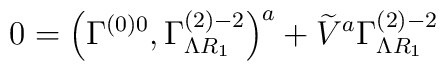
0=\left( \Gamma _{}^{\left( 0\right) 0},\Gamma _{\Lambda R_1}^{\left(2\right) -2}\right) ^a+\widetilde{V}^a\Gamma _{\Lambda R_1}^{\left( 2\right) -2}